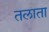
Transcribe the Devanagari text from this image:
तलाता